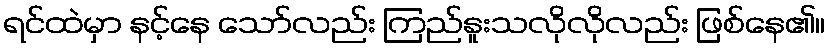
ရင်ထဲမှာ နင့်နေ သော်လည်း ကြည်နူးသလိုလိုလည်း ဖြစ်နေ၏။